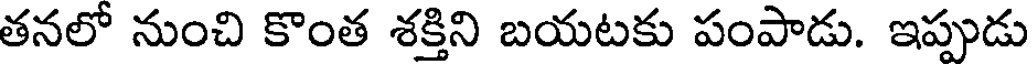
తనలో నుంచి కొంత శక్తిని బయటకు పంపాడు. ఇప్పుడు